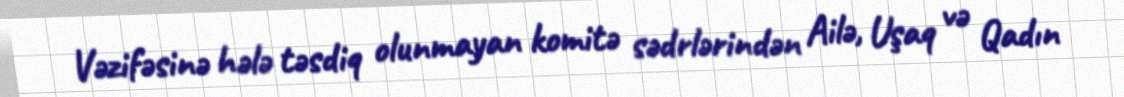
Vəzifəsinə hələ təsdiq olunmayan komitə sədrlərindən Ailə, Uşaq və Qadın